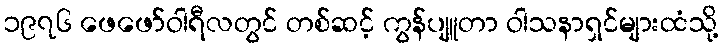
၁၉၇၆ ဖေဖော်ဝါရီလတွင် တစ်ဆင့် ကွန်ပျူတာ ဝါသနာရှင်များထံသို့